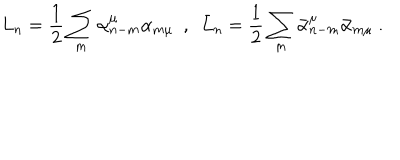
L _ { n } = \frac { 1 } { 2 } \sum _ { m } \alpha _ { n - m } ^ { \mu } \alpha _ { m \mu } \ \ , \ \ \bar { L } _ { n } = \frac { 1 } { 2 } \sum _ { m } \bar { \alpha } _ { n - m } ^ { \mu } \bar { \alpha } _ { m \mu } \ .